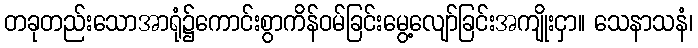
တခုတည်းသောအာရုံ၌ကောင်းစွာကိန်ဝမ်ခြင်းမွေ့လျော်ခြင်းအကျိုးငှာ။ သေနာသနံ၊